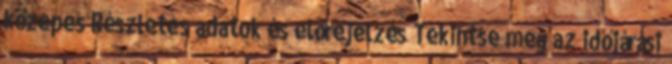
közepes Részletes adatok és előrejelzés Tekintse meg az időjárási